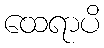
ထေရာပိ